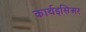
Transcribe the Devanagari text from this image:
कार्थइसिअर